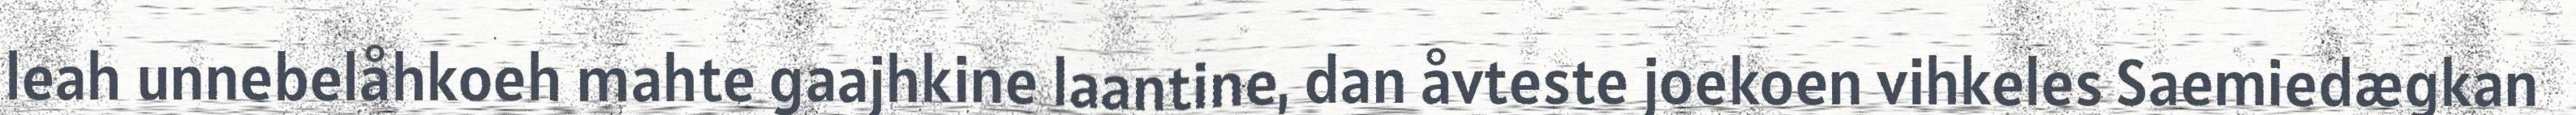
leah unnebelåhkoeh mahte gaajhkine laantine, dan åvteste joekoen vihkeles Saemiedægkan